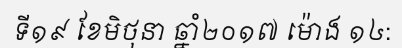
ទី១៩ ខែមិថុនា ឆ្នាំ២០១៧ ម៉ោង ១៤: